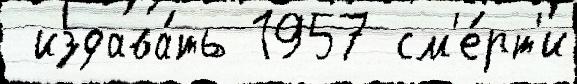
 издава́ть 1957 см'е́рт'и